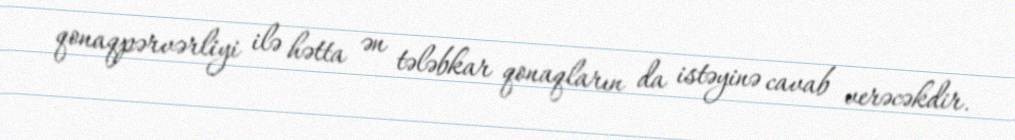
qonaqpərvərliyi ilə hətta ən tələbkar qonaqların da istəyinə cavab verəcəkdir.